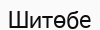
Шитөбе